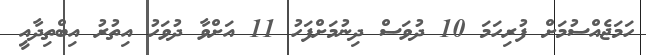
ހަމަޖެއްސުމަށް ފުރިހަމަ 10 ދުވަސް ދިނުމަށްފަހު 11 އަށްވާ ދުވަހު އިތުރު އިބްތިދާއީ